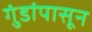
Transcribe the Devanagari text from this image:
गुंडांपासून